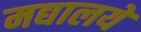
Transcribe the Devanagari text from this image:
मद्यालये